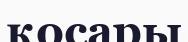
қосары